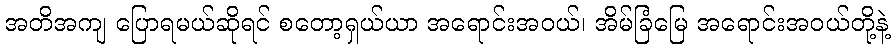
အတိအကျ ပြောရမယ်ဆိုရင် စတော့ရှယ်ယာ အရောင်းအဝယ်၊ အိမ်ခြံမြေ အရောင်းအဝယ်တို့နဲ့